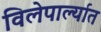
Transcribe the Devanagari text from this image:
विलेपार्ल्यात